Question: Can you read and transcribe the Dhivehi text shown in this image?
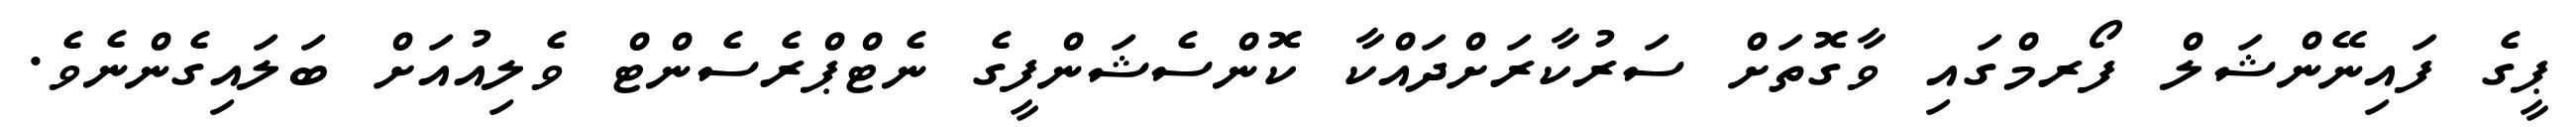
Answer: ޕީގެ ފައިނޭންޝަލް ފޯރމްގައި ވާގޮތަށް ސަރުކާރަށްދައްކާ ކޮންސެޝަންފީގެ ނެޓްޕްރެސެންޓް ވެލިއުއަށް ބަލައިގެންނެވެ.